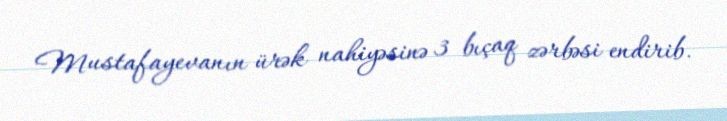
Mustafayevanın ürək nahiyəsinə 3 bıçaq zərbəsi endirib.